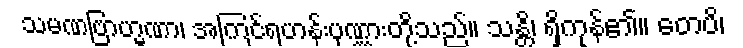
သမဏဗြာဟ္မဏာ၊ အကြင်ရဟန်းပုဏ္ဏားတို့သည်။ သန္တိ၊ ရှိကုန်၏။ တေပိ၊